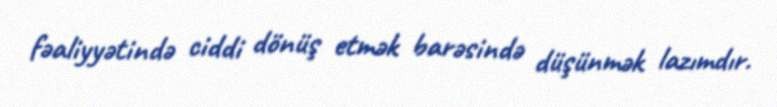
fəaliyyətində ciddi dönüş etmək barəsində düşünmək lazımdır.